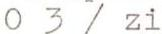
O 3 / zi